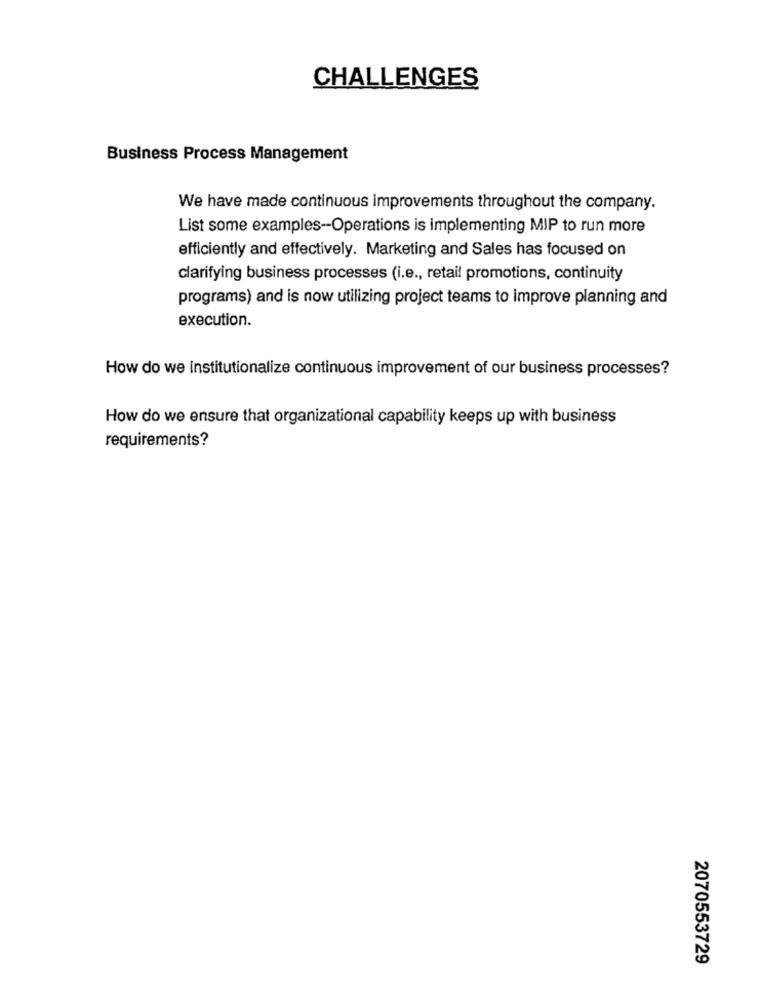
CHALLENGES
Business Process Management
We have made continuous improvements throughout the company.
List some examples -- Operations is implementing MIP to run more
efficiently and effectively. Marketing and Sales has focused on
clarifying business processes (i.e ., retail promotions, continuity
programs) and is now utilizing project teams to improve planning and
execution.
How do we institutionalize continuous improvement of our business processes?
How do we ensure that organizational capability keeps up with business
requirements?
2070553729